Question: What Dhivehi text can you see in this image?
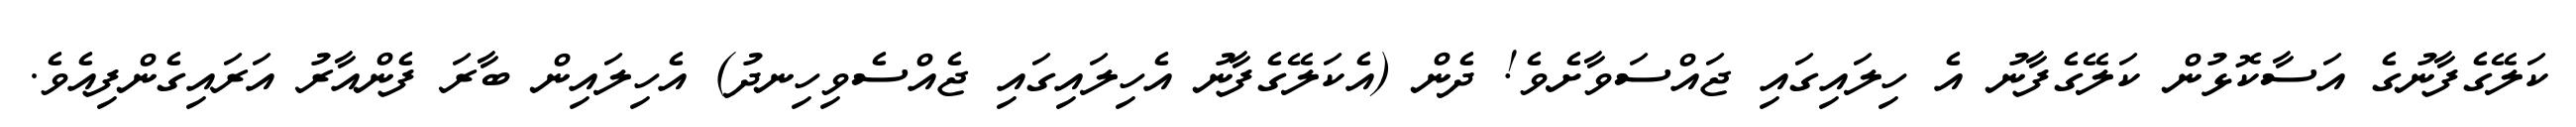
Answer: ކަލޭގެފާނުގެ އަސާކޮޅުން ކަލޭގެފާނު އެ ހިލައިގައި ޖައްސަވާށެވެ! ދެން (އެކަލޭގެފާނު އެހިލައިގައި ޖެއްސެވިހިނދު) އެހިލައިން ބާރަ ފެންއާރު އަރައިގެންފިއެވެ.